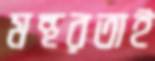
মন্থরতাই